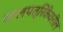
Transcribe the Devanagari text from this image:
जालपत्रिकेवरील